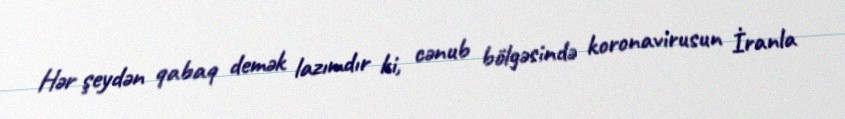
Hər şeydən qabaq demək lazımdır ki, cənub bölgəsində koronavirusun İranla